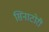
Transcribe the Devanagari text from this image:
सिनाटोरी